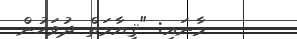
މާނައި: "ޤިޔާމަތް ދުވަހުން